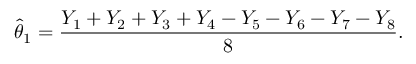
{ \widehat { \theta } } _ { 1 } = { \frac { Y _ { 1 } + Y _ { 2 } + Y _ { 3 } + Y _ { 4 } - Y _ { 5 } - Y _ { 6 } - Y _ { 7 } - Y _ { 8 } } { 8 } } .